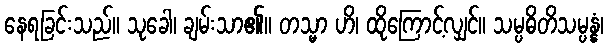
နေရခြင်းသည်။ သုခေါ၊ ချမ်းသာ၏။ တသ္မာ ဟိ၊ ထိုကြောင့်လျှင်။ သမ္ပဓိတိသမ္ပန္နံ၊